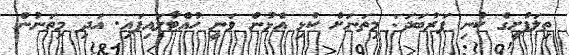
ތިލަފުށީގެ ކުނި ފަރުބަދަ: މިތަނަށް ކުޅި އެޅުން ވަނީ ހުއްޓާލައިފައި. އަދި މިތަނުން